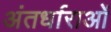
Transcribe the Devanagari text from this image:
अंतर्धाराओं